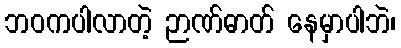
ဘဝကပါလာတဲ့ ဉာဏ်ဓာတ် နေမှာပါဘဲ၊